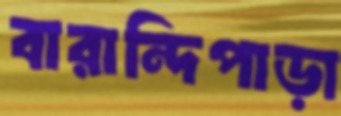
বারান্দিপাড়া